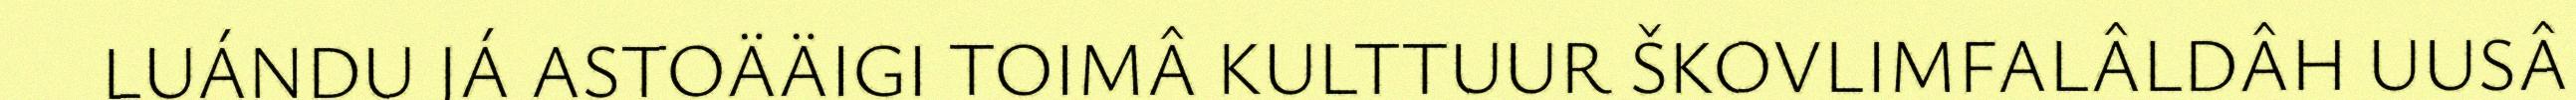
LUÁNDU JÁ ASTOÄÄIGI TOIMÂ KULTTUUR ŠKOVLIMFALÂLDÂH UUSÂ